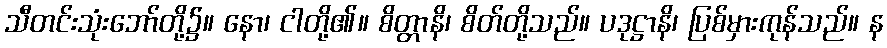
သီတင်းသုံးဘော်တို့၌။ နော၊ ငါတို့၏။ စိတ္တာနိ၊ စိတ်တို့သည်။ ပဒုဋ္ဌာနိ၊ ပြစ်မှားကုန်သည်။ န